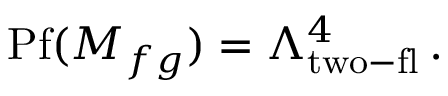
\mathrm { P f } ( M _ { f g } ) = \Lambda _ { \mathrm { t w o - f l } } ^ { 4 } \, .